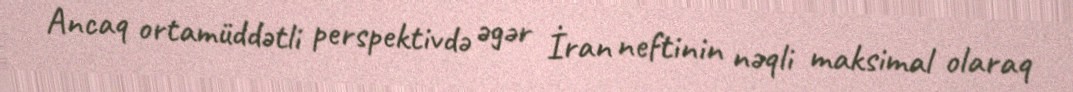
Ancaq ortamüddətli perspektivdə əgər İran neftinin nəqli maksimal olaraq